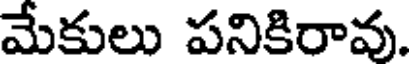
మేకులు పనికిరావు.